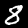
Digit: 8